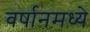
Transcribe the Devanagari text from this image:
वर्षानमध्ये